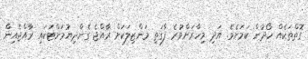
ގޮތްތަކެއް ހޯދުން ކަމަށެވެ. އަދި މިހާރަށްވުރެ ފާގަތި މަންޒިލަކަށް ރާއްޖެ ގެންދިޔުމަށްޓަކައި ރާއްޖެއިން